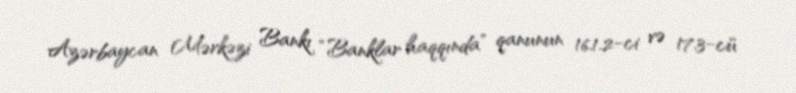
Azərbaycan Mərkəzi Bankı “Banklar haqqında” qanunun 16.1.2-ci və 17.3-cü